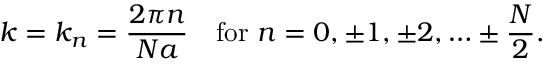
k = k _ { n } = { \frac { 2 \pi n } { N a } } \quad { \mathrm { f o r ~ } } n = 0 , \pm 1 , \pm 2 , \ldots \pm { \frac { N } { 2 } } .